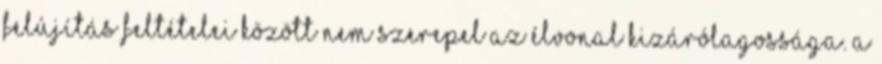
felújítás feltételei között nem szerepel az élvonal kizárólagossága. A